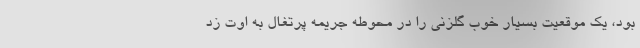
بود، یک موقعیت بسیار خوب گلزنی را در محوطه جریمه پرتغال به اوت زد